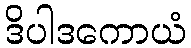
ဒိပါဒကောယံ